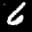
Label: 6